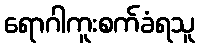
ရောဂါကူးစက်ခံရသူ